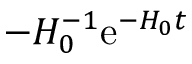
- H _ { 0 } ^ { - 1 } \mathrm { e } ^ { - H _ { 0 } t }